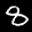
Label: 8